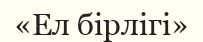
«Ел бірлігі»